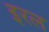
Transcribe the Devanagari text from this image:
इरल